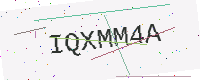
Text: IQXMM4A